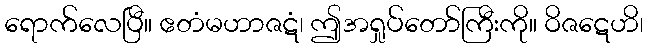
ရောက်လေပြီ။ ဧတံမဟာဇဋံ၊ ဤအရှုပ်တော်ကြီးကို။ ဝိဇဋေဟိ၊